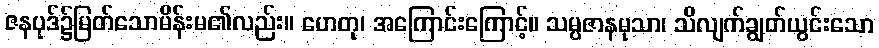
ဇနပုဒ်၌မြတ်သောမိန်းမ၏လည်း။ ဟေတု၊ အကြောင်းကြောင့်။ သမ္ပဇာနမုသာ၊ သိလျက်ချွတ်ယွင်းသော